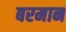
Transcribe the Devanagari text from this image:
बरमान